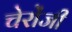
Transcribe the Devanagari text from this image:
चेरोंजी